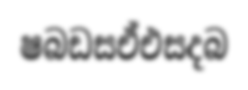
ෂබඩසඒඑසදබ